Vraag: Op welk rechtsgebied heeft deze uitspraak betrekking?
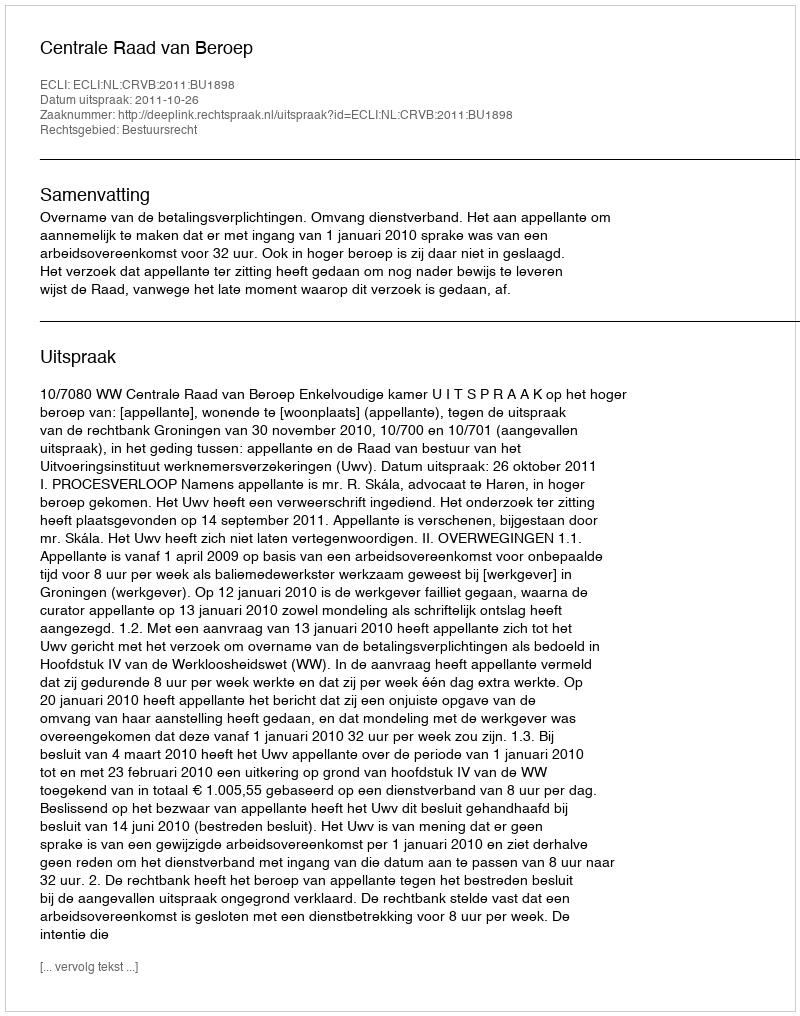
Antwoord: Bestuursrecht